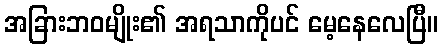
အခြားဘဝမျိုး၏ အရသာကိုပင် မေ့နေလေပြီ။